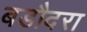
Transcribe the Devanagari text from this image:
बडौदरा